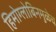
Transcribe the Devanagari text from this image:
हिमोग्लोबिनमुळेच